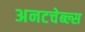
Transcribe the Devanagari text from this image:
अनटचेब्ल्स